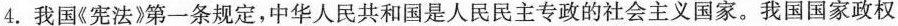
4.我国《宪法》第一条规定，中华人民共和国是人民民主专政的社会主义国家。我国国家政权